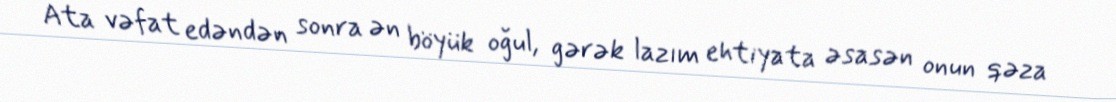
Ata vəfat edəndən sonra ən böyük oğul, gərək lazım ehtiyata əsasən onun qəza